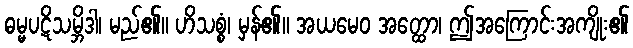
ဓမ္မပဋိသမ္ဘိဒါ၊ မည်၏။ ဟိသစ္စံ၊ မှန်၏။ အယမေဝ အတ္ထော၊ ဤအကြောင်းအကျိုး၏